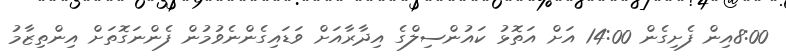
8:00އިން ފެށިގެން 14:00 އަށް އަތޮޅު ކައުންސިލްގެ އިދާރާއަށް ވަޑައިގެންނެވުމުން ފެންނަގޮތަށް އިންތިޒާމު